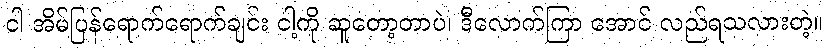
ငါ အိမ်ပြန်ရောက်ရောက်ချင်း ငါ့ကို ဆူတော့တာပဲ၊ ဒီလောက်ကြာ အောင် လည်ရသလားတဲ့။